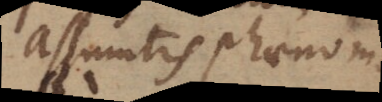
assumtis phaenomenis